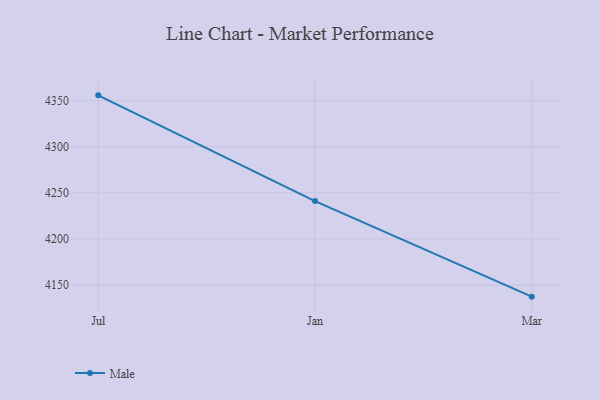
{"axis": {"x": "Month", "y": "Temperature (°C)"}, "legend": ["Male"], "data": [{"x": "Jul", "y": 4355.8, "type": "Male"}, {"x": "Jan", "y": 4241.1, "type": "Male"}, {"x": "Mar", "y": 4137.4, "type": "Male"}]}